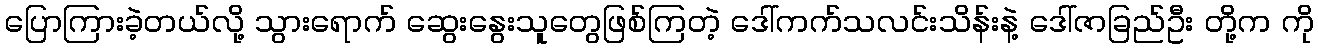
ပြောကြားခဲ့တယ်လို့ သွားရောက် ဆွေးနွေးသူတွေဖြစ်ကြတဲ့ ဒေါ်ကက်သလင်းသိန်းနဲ့ ဒေါ်ဇာခြည်ဦး တို့က ကို